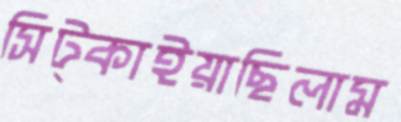
সিট্‌কাইয়াছিলাম